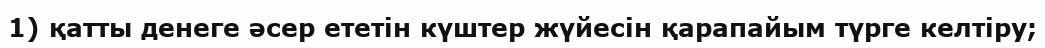
1) қатты денеге әсер ететін күштер жүйесін қарапайым түрге келтіру;